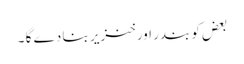
بعض کو بندر اور خنزیر بنا دے گا ۔